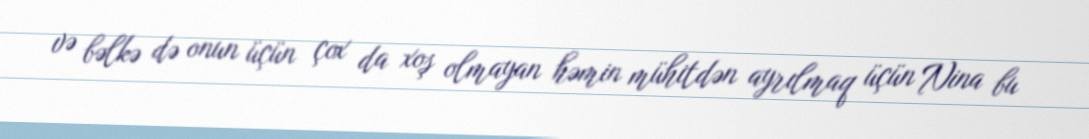
və bəlkə də onun üçün çox da xoş olmayan həmin mühitdən ayrılmaq üçün Nina bu